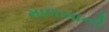
માળખાની